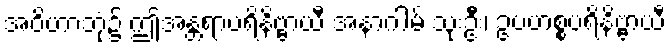
အဝိဟာဘုံ၌ ဤအန္တရာပရိနိဗ္ဗာယီ အနာဂါမ် သုးဦး၊ ဥပဟစ္စပရိနိဗ္ဗာယီ